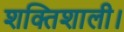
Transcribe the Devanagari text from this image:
शक्तिशाली।